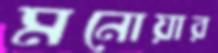
মনোয়ার